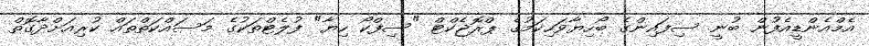
އެމްއެންޑީއެފުން ބުނީ ސިފައިންގެ ބޯހިޔާވަހިކަމުގެ ޕްރޮޖެކްޓް "ސިފްކޯ ހިޔާ" ފުލެޓްތަކުގެ މަސައްކަތްތައް ކުރިއަށްދާގޮތް